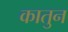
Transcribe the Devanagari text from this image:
कातुन